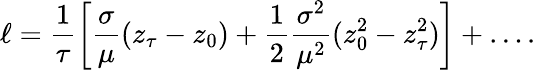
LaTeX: \ell=\frac{1}{\tau}\left[\frac{\sigma}{\mu}(z_{\tau}-z_{0})+\frac{1}{2}\frac{\sigma^{2}}{\mu^{2}}(z_{0}^{2}-z_{\tau}^{2})\right]+\dots.